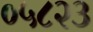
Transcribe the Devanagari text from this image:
०५८२३